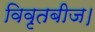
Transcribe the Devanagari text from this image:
विवृतबीज।